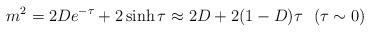
LaTeX: \begin{align*}m^2=2De^{-\tau}+2\sinh\tau\approx 2D+2(1-D)\tau~~(\tau\sim0)\end{align*}